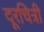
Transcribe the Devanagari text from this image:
दूरचित्री